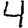
Digit: 4